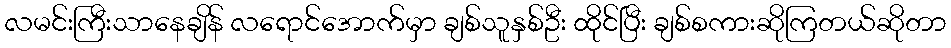
လမင်းကြီးသာနေချိန် လရောင်အောက်မှာ ချစ်သူနှစ်ဦး ထိုင်ပြီး ချစ်စကားဆိုကြတယ်ဆိုတာ